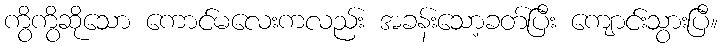
ကွိကွိဆိုသော ကောင်မလေးကလည်း အခန်းသော့ခတ်ပြီး ကျောင်းသွားပြီ။